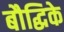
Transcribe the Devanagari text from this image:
बौद्धिके